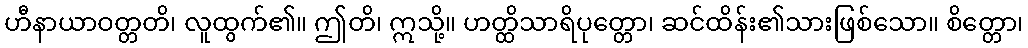
ဟီနာယာဝတ္တတိ၊ လူထွက်၏။ ဤတိ၊ ဣသို့။ ဟတ္ထိသာရိပုတ္တော၊ ဆင်ထိန်း၏သားဖြစ်သော။ စိတ္တော၊